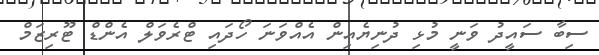
ސިބާ ސައީދު ވަނީ މުޅި ދުނިޔެއިން އެއްވަނަ ހޯދައި ޓްރެވަލް އެންޑް ޓޫރިޒަމް